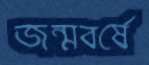
জন্মবর্ষে